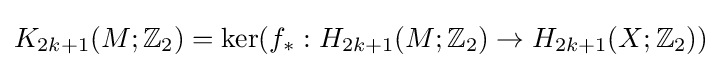
K_{2k+1}(M;\mathbb {Z} _{2})=\ker(f_{*}:H_{2k+1}(M;\mathbb {Z} _{2})\to H_{2k+1}(X;\mathbb {Z} _{2}))